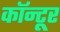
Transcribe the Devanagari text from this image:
कॉन्टूर